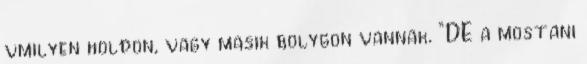
vmilyen holdon, vagy masik bolygon vannak. “DE a mostani